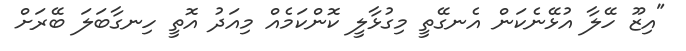
"އިޒޫ ހޭލާ އުޅޭނެކަން އެނގޭތީ މިގުޅާލީ ކޮންކަމެއް މިއަދު އޮތީ ހިނގާބަލަ ބޭރަށް